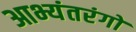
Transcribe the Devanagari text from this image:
आभ्यंतरंगों